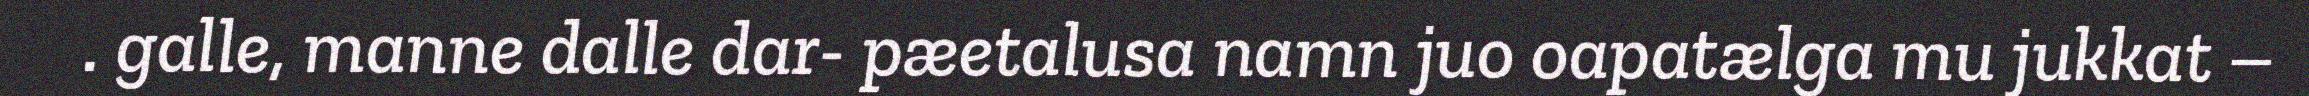
. galle, manne dalle dar- pæetalusa namn juo oapatælga mu jukkat –